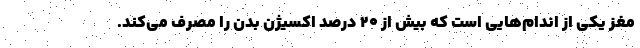
مغز یکی از اندام‌هایی است که بیش از ۲۰ درصد اکسیژن بدن را مصرف می‌کند.